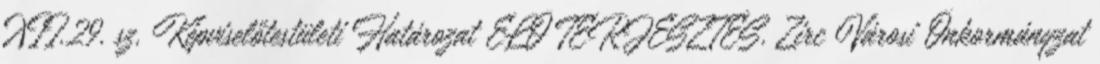
XII.29. sz. Képviselőtestületi Határozat ELŐ TERJESZTÉS. Zirc Városi Önkormányzat